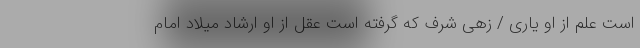
است علم از او یارى / زهى شرف که گرفته است عقل از او ارشاد میلاد امام